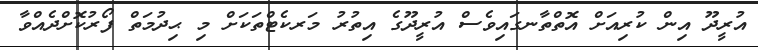
އުރީދޫ އިން ކުރިއަށް އޮތްތާނގައިވެސް އުރީދޫގެ އިތުރު މަރކެޓްތަކަށް މި ޙިދުމަތް ފޯރުކޮށްދެއްވާ